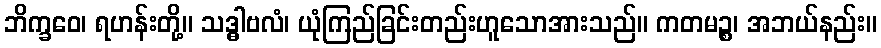
ဘိက္ခဝေ၊ ရဟန်းတို့။ သဒ္ဓါဗလံ၊ ယုံကြည်ခြင်းတည်းဟူသောအားသည်။ ကတမဉ္စ၊ အဘယ်နည်း။